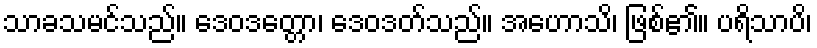
သာခသမင်သည်။ ဒေဝဒတ္တော၊ ဒေဝဒတ်သည်။ အဟောသိ၊ ဖြစ်၏။ ပရိသာပိ၊